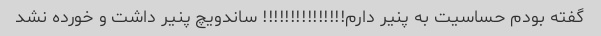
گفته بودم حساسیت به پنیر دارم!!!!!!!!!!!!!!! ساندویچ پنیر داشت و خورده نشد